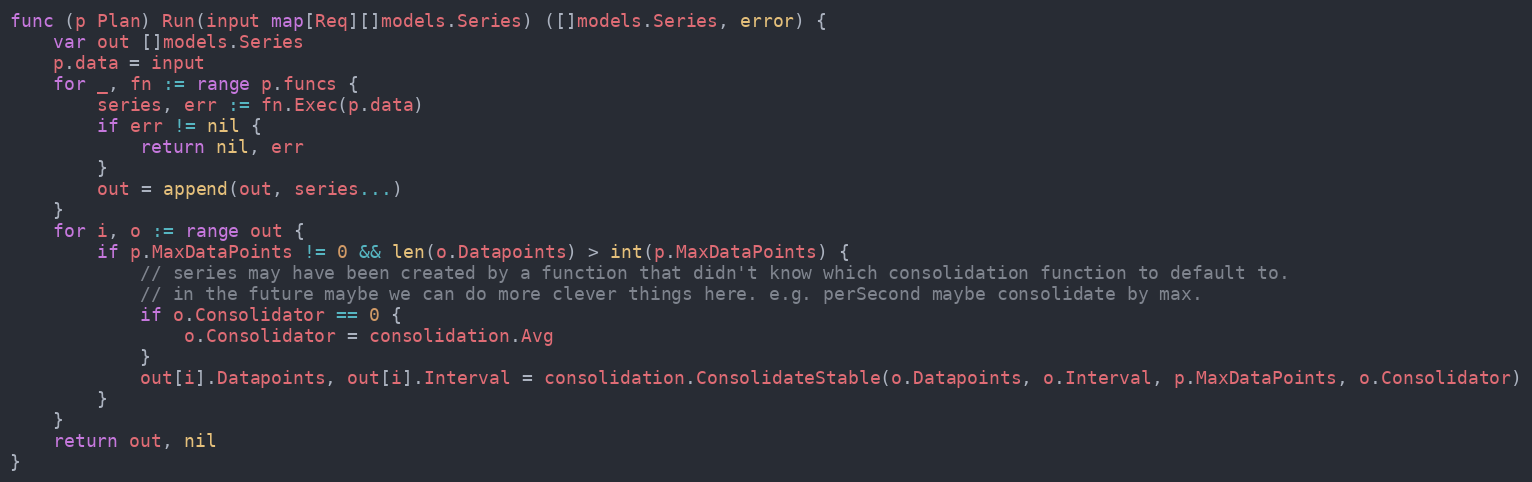
Language: Go
func (p Plan) Run(input map[Req][]models.Series) ([]models.Series, error) {
	var out []models.Series
	p.data = input
	for _, fn := range p.funcs {
		series, err := fn.Exec(p.data)
		if err != nil {
			return nil, err
		}
		out = append(out, series...)
	}
	for i, o := range out {
		if p.MaxDataPoints != 0 && len(o.Datapoints) > int(p.MaxDataPoints) {
			// series may have been created by a function that didn't know which consolidation function to default to.
			// in the future maybe we can do more clever things here. e.g. perSecond maybe consolidate by max.
			if o.Consolidator == 0 {
				o.Consolidator = consolidation.Avg
			}
			out[i].Datapoints, out[i].Interval = consolidation.ConsolidateStable(o.Datapoints, o.Interval, p.MaxDataPoints, o.Consolidator)
		}
	}
	return out, nil
}